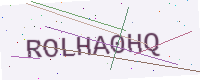
Text: ROLHA0HQ